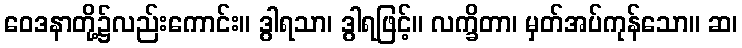
ဝေဒနာတို့၌လည်းကောင်း။ ဒွါရသာ၊ ဒွါရဖြင့်။ လက္ခိတာ၊ မှတ်အပ်ကုန်သော။ ဆ၊